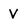
Character: V